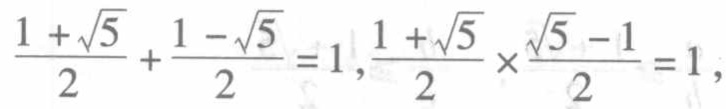
$\frac{1 + \sqrt{5}}{2}+\frac{1 - \sqrt{5}}{2}=1,\frac{1 + \sqrt{5}}{2}\times\frac{\sqrt{5} - 1}{2}=1,$